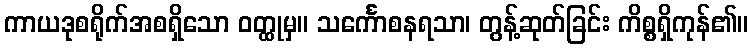
ကာယဒုစရိုက်အစရှိသော ဝတ္ထုမှ။ သင်္ကောစနရသာ၊ တွန့်ဆုတ်ခြင်း ကိစ္စရှိကုန်၏။